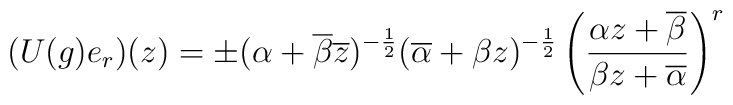
(U(g)e_r)(z)= \pm(\alpha+\overline{\beta}\overline{z})^{-\frac{1}{2}}(\overline{\alpha}+\beta z)^{-\frac{1}{2}} \left( \frac{\alpha z +\overline{\beta}}{\beta z + \overline{\alpha}}\right)^r